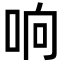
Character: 响